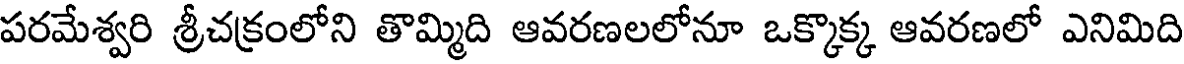
పరమేశ్వరి శ్రీచక్రంలోని తొమ్మిది ఆవరణలలోనూ ఒక్కొక్క ఆవరణలో ఎనిమిది